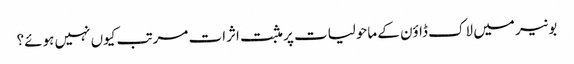
بونیر میں لاک ڈاؤن کے ماحولیات پر مثبت اثرات مرتب کیوں نہیں ہوئے؟